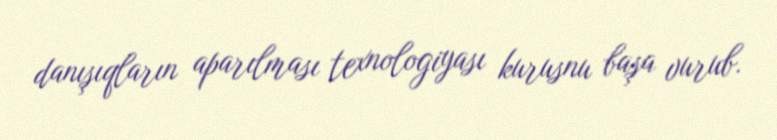
danışıqların aparılması texnologiyası kurusnu başa vurub.